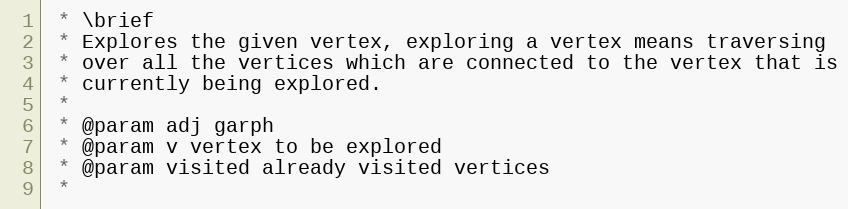
Language: C++
 * \brief
 * Explores the given vertex, exploring a vertex means traversing
 * over all the vertices which are connected to the vertex that is
 * currently being explored.
 *
 * @param adj garph
 * @param v vertex to be explored
 * @param visited already visited vertices
 *